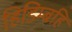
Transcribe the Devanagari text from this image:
हिडिम्बहि